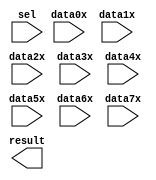
// megafunction wizard: %LPM_MUX%VBB%
// GENERATION: STANDARD
// VERSION: WM1.0
// MODULE: LPM_MUX 

// ============================================================
// Megafunction Name(s):
// 			LPM_MUX
//
// Simulation Library Files(s):
// 			lpm
// ============================================================
// ************************************************************
// THIS IS A WIZARD-GENERATED FILE. DO NOT EDIT THIS FILE!
//
// 17.0.0 Build 595 04/25/2017 SJ Lite Edition
// ************************************************************

//Copyright (C) 2017  Intel Corporation. All rights reserved.
//Your use of Intel Corporation's design tools, logic functions 
//and other software and tools, and its AMPP partner logic 
//functions, and any output files from any of the foregoing 
//(including device programming or simulation files), and any 
//associated documentation or information are expressly subject 
//to the terms and conditions of the Intel Program License 
//Subscription Agreement, the Intel Quartus Prime License Agreement,
//the Intel MegaCore Function License Agreement, or other 
//applicable license agreement, including, without limitation, 
//that your use is for the sole purpose of programming logic 
//devices manufactured by Intel and sold by Intel or its 
//authorized distributors.  Please refer to the applicable 
//agreement for further details.

module mux_8x6 (
	data0x,
	data1x,
	data2x,
	data3x,
	data4x,
	data5x,
	data6x,
	data7x,
	sel,
	result);

	input	[5:0]  data0x;
	input	[5:0]  data1x;
	input	[5:0]  data2x;
	input	[5:0]  data3x;
	input	[5:0]  data4x;
	input	[5:0]  data5x;
	input	[5:0]  data6x;
	input	[5:0]  data7x;
	input	[2:0]  sel;
	output	[5:0]  result;

endmodule

// ============================================================
// CNX file retrieval info
// ============================================================
// Retrieval info: PRIVATE: INTENDED_DEVICE_FAMILY STRING "Cyclone V"
// Retrieval info: PRIVATE: SYNTH_WRAPPER_GEN_POSTFIX STRING "0"
// Retrieval info: PRIVATE: new_diagram STRING "1"
// Retrieval info: LIBRARY: lpm lpm.lpm_components.all
// Retrieval info: CONSTANT: LPM_SIZE NUMERIC "8"
// Retrieval info: CONSTANT: LPM_TYPE STRING "LPM_MUX"
// Retrieval info: CONSTANT: LPM_WIDTH NUMERIC "6"
// Retrieval info: CONSTANT: LPM_WIDTHS NUMERIC "3"
// Retrieval info: USED_PORT: data0x 0 0 6 0 INPUT NODEFVAL "data0x[5..0]"
// Retrieval info: USED_PORT: data1x 0 0 6 0 INPUT NODEFVAL "data1x[5..0]"
// Retrieval info: USED_PORT: data2x 0 0 6 0 INPUT NODEFVAL "data2x[5..0]"
// Retrieval info: USED_PORT: data3x 0 0 6 0 INPUT NODEFVAL "data3x[5..0]"
// Retrieval info: USED_PORT: data4x 0 0 6 0 INPUT NODEFVAL "data4x[5..0]"
// Retrieval info: USED_PORT: data5x 0 0 6 0 INPUT NODEFVAL "data5x[5..0]"
// Retrieval info: USED_PORT: data6x 0 0 6 0 INPUT NODEFVAL "data6x[5..0]"
// Retrieval info: USED_PORT: data7x 0 0 6 0 INPUT NODEFVAL "data7x[5..0]"
// Retrieval info: USED_PORT: result 0 0 6 0 OUTPUT NODEFVAL "result[5..0]"
// Retrieval info: USED_PORT: sel 0 0 3 0 INPUT NODEFVAL "sel[2..0]"
// Retrieval info: CONNECT: @data 0 0 6 0 data0x 0 0 6 0
// Retrieval info: CONNECT: @data 0 0 6 6 data1x 0 0 6 0
// Retrieval info: CONNECT: @data 0 0 6 12 data2x 0 0 6 0
// Retrieval info: CONNECT: @data 0 0 6 18 data3x 0 0 6 0
// Retrieval info: CONNECT: @data 0 0 6 24 data4x 0 0 6 0
// Retrieval info: CONNECT: @data 0 0 6 30 data5x 0 0 6 0
// Retrieval info: CONNECT: @data 0 0 6 36 data6x 0 0 6 0
// Retrieval info: CONNECT: @data 0 0 6 42 data7x 0 0 6 0
// Retrieval info: CONNECT: @sel 0 0 3 0 sel 0 0 3 0
// Retrieval info: CONNECT: result 0 0 6 0 @result 0 0 6 0
// Retrieval info: GEN_FILE: TYPE_NORMAL mux_8x6.v TRUE
// Retrieval info: GEN_FILE: TYPE_NORMAL mux_8x6.inc FALSE
// Retrieval info: GEN_FILE: TYPE_NORMAL mux_8x6.cmp FALSE
// Retrieval info: GEN_FILE: TYPE_NORMAL mux_8x6.bsf FALSE
// Retrieval info: GEN_FILE: TYPE_NORMAL mux_8x6_inst.v FALSE
// Retrieval info: GEN_FILE: TYPE_NORMAL mux_8x6_bb.v TRUE
// Retrieval info: LIB_FILE: lpm